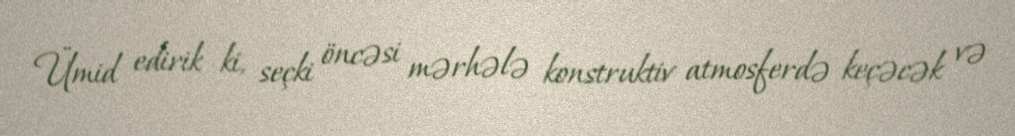
Ümid edirik ki, seçki öncəsi mərhələ konstruktiv atmosferdə keçəcək və